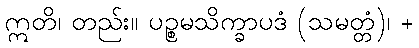
ဣတိ၊ တည်း။ ပဉ္စမသိက္ခာပဒံ (သမတ္တံ)၊ +